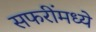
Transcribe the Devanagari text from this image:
सफरींमध्ये